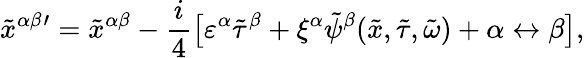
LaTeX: {\tilde{x}^{\alpha\beta}}{}^{\prime}={\tilde{x}^{\alpha\beta}}-\frac{i}{4}\big[\varepsilon^{\alpha}{\tilde{\tau}}^{\beta}+\xi^{\alpha}\tilde{\psi}^{\beta}(\tilde{x},{\tilde{\tau}},{\tilde{\omega}})+\alpha\leftrightarrow\beta\big],